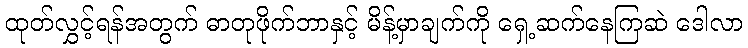
ထုတ်လွှင့်ရန်အတွက် ဓာတုဖိုက်ဘာနှင့် မိန့်မှာချက်ကို ရှေ့ဆက်နေကြဆဲ ဒေါလာ